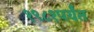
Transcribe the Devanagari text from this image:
१९८१पर्यंत